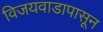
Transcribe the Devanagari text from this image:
विजयवाडापासून